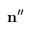
\mathbf { n } ^ { \prime \prime }